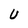
Character: U